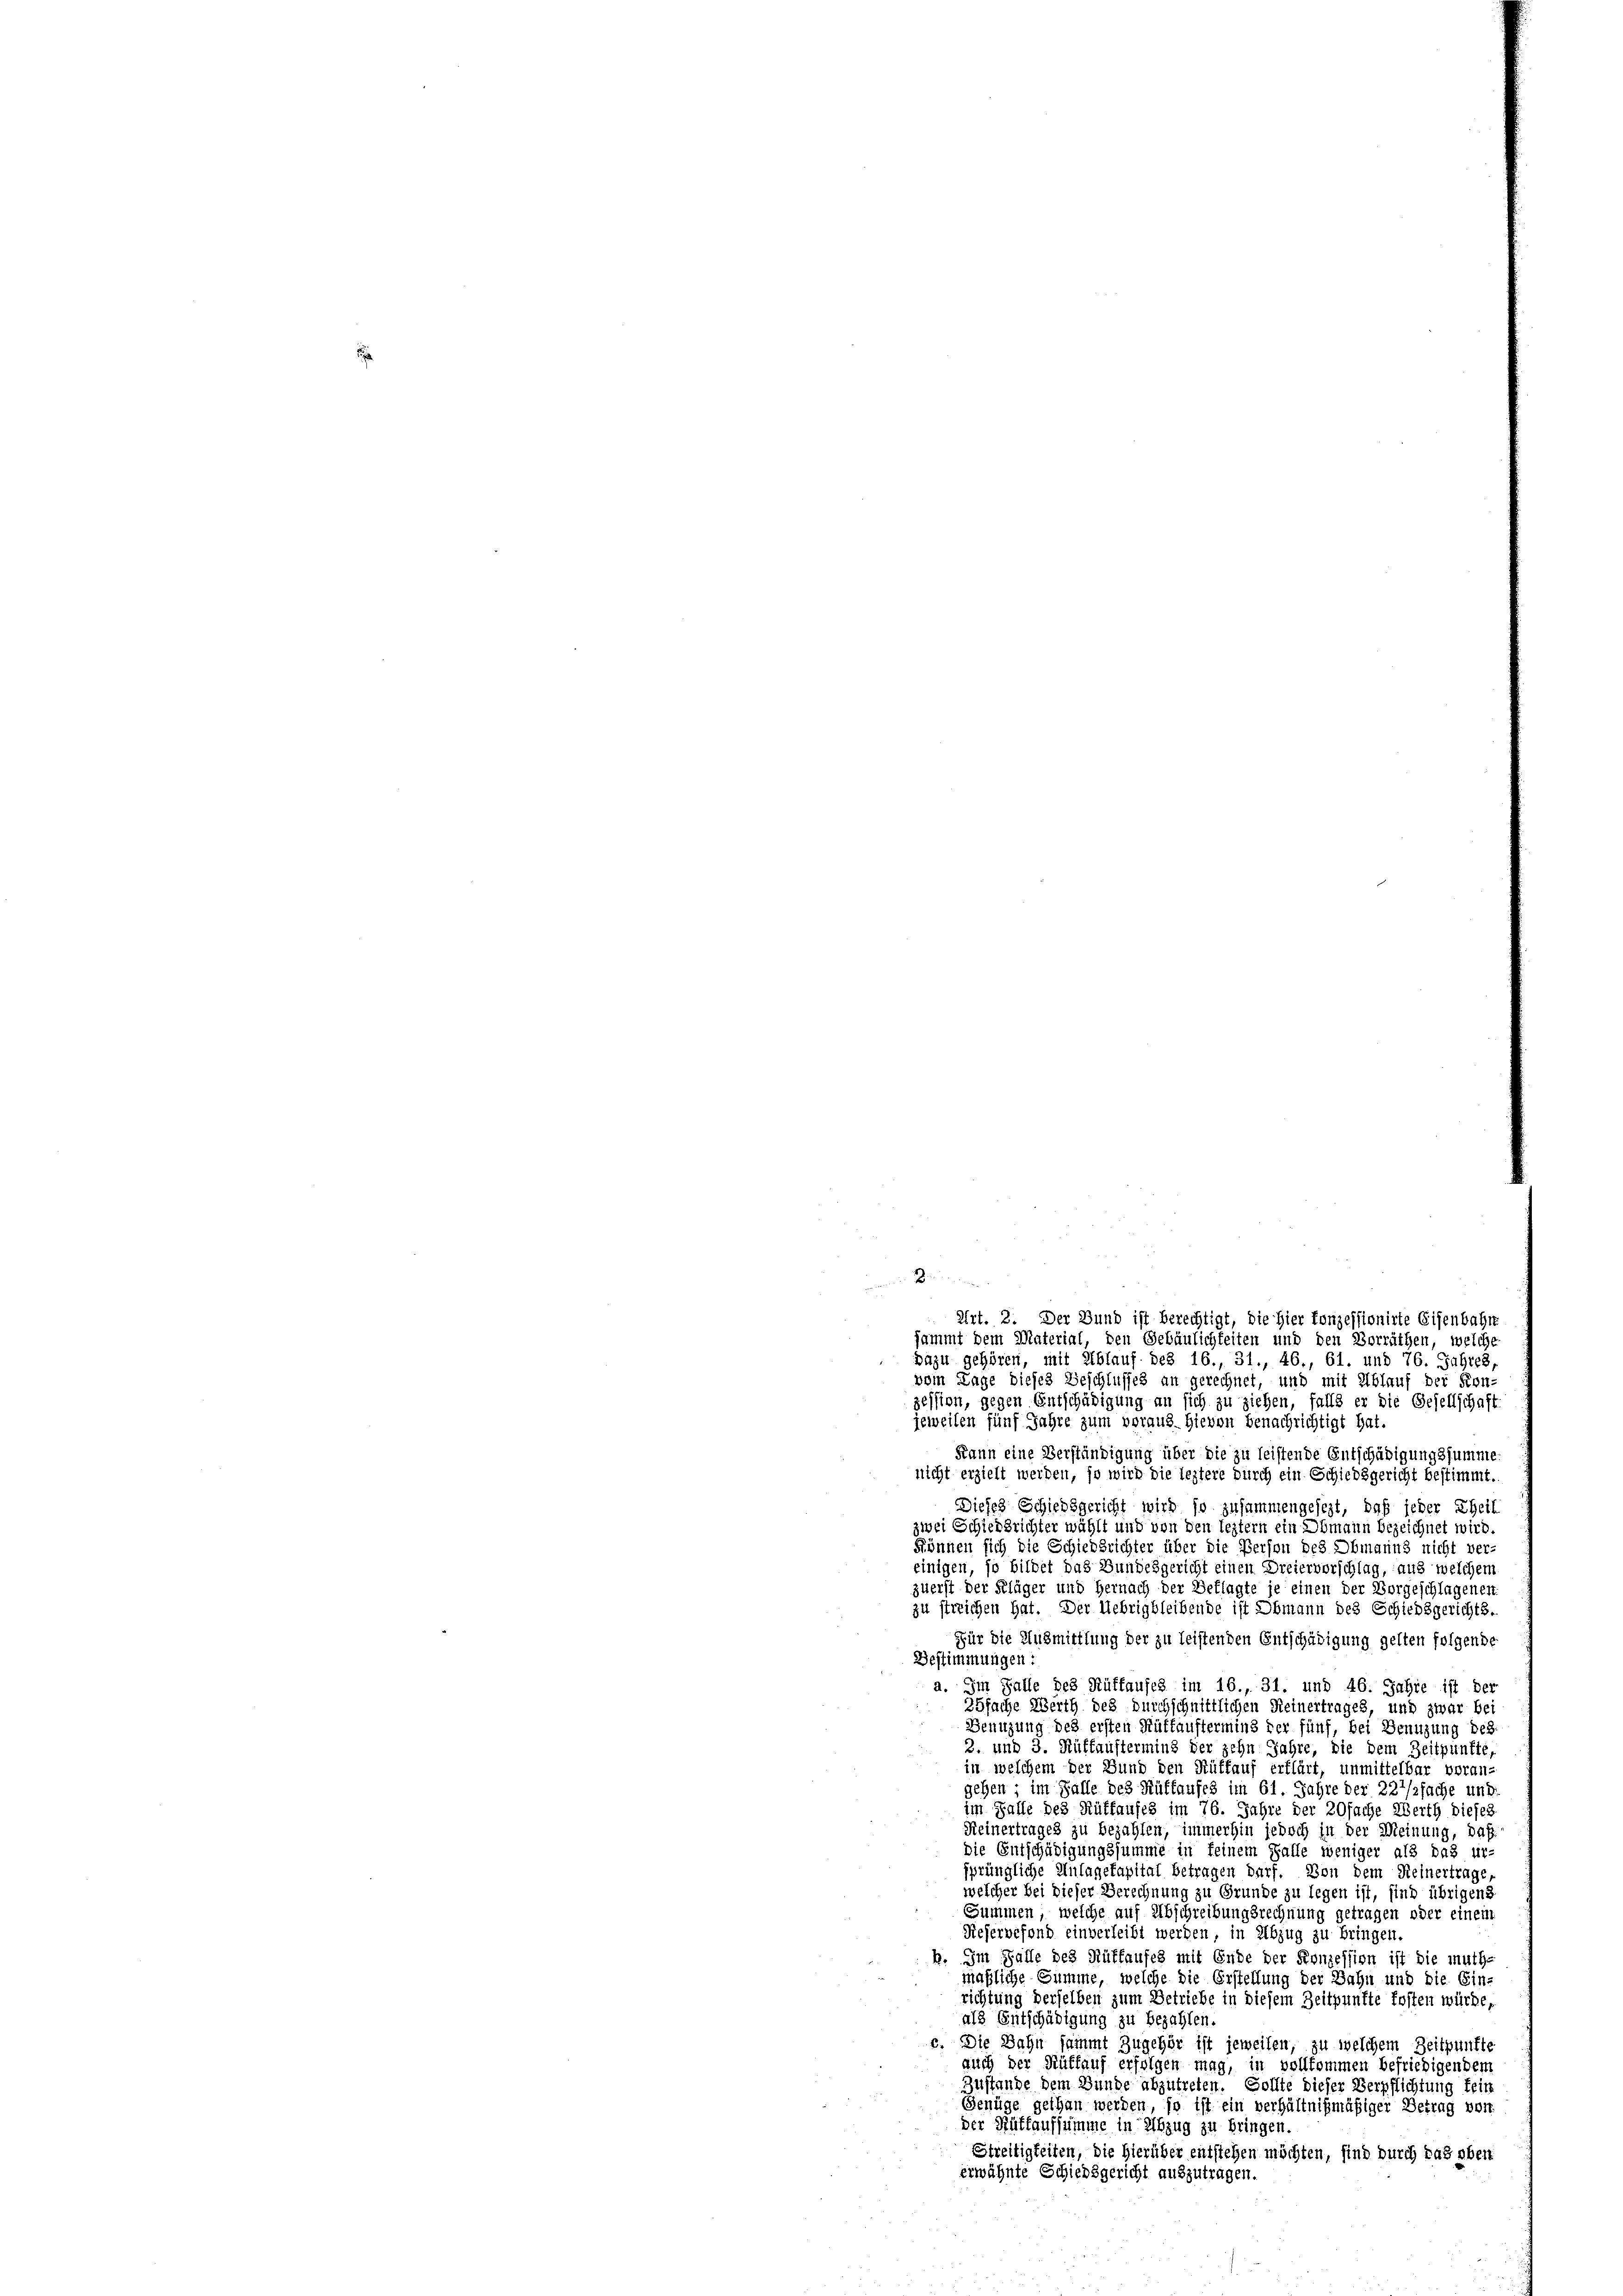
n in

Eirt. 2. Der Bund ist berechtigt, die Hier konzessionirte Eisenbahr
sammt dem Material, den Gebäulichkeiten und den Vorräthen, welche
pazu gehören, mit Ablauf des 16., 31., 46., 61. und 76. Jahres,
vom Lage dieses Beschlusses an gerechnet, und mit Ablauf der Kon-
zession, gegen Entschädigung an sich zu ziehen, falls er die Gesellschaft
jeweilen fünf Jahre zum voraus hievon Benachrichtigt hat.
Kann eine Verständigung über die zu leistende Entschädigungssumme.
nicht erzielt werden, so wird die leztere durch ein Schiedsgericht bestimmt.
Dieses Schiedsgericht wird so zusammengesezt, daß jeder Theil
zwei Schiedsrichter wählt und von den leztern ein Obmann bezeichnet wird.
können sich die Schiedsrichter über die Person des Obmanns nicht ver-
einigen, so bildet das Bundesgericht einen Dreiervorschlag, aus welchem
zuerst der Kläger und Hernach der Beklagte je einen der Vorgeschlagenen
zu streichen hat. Der Uebrigbleibende ist Obmann des Schiedsgerichts.
Für die Ausmittlung der zu leistenden Entschädigung gelten folgende
Bestimmungen:
a. Im Falle des Rüffaufes im 16., 31. und 46. Jahre ist der
25fache Werth des durchschnittlichen Reinertrages, und zwar bei
Benuzung des ersten Rüttauftermins der fünf, bei Benuzung des.
2. und 3. Rüffaustermins der zehn Jahre, die dem Zeitpunkte,
in welchem der Bund den Rütlauf erklärt, unmittelbar voran-
gehen, im Falle des Rüffaufes im 61. Jahre der 227/2fache und
im Falle des Rüffaufes im 76. Jahre der 20fache Werth dieses
Keinertrages zu bezahlen, immerhin jedoch in der Meinung, daß
die Entschädigungssumme in keinem Falle weniger als das ur-
sprüngliche Anlagekapital betragen darf. Von dem Reinertrage,
welcher bei dieser Berechnung zu Grunde zu legen ist, sind übrigen S
Summen, welche auf Abschreibungsrechnung getragen oder einem
Rieservefond einverleibt werden, in Abzug zu bringen.
b. Im Falle des Rüffaufes mit Ende der Konzession ist die muth-
maßliche Summe, welche die Erstellung der Bahn und die Ein-
richtung derselben zum Betriebe in diesem Zeitpunkte fosten würde,
als Entschädigung zu bezahlen
c. Die Bahn sammt zugehör ist jeweisen, zu welchem Zeitpunkte
auch der Rüffauf erfolgen mag, in vollkommen befriedigendem
Zustande dem Bunde abzutreten. Sollte dieser Verpflichtung fein
Genüge gethan werden, so ist ein verhältnißmäßiger Betrag vor.
der Rütfaufsumme in Abzug zu bringen.
Streitigkeiten, die hierüber entstehen möchten, sind durch das oben
erwähnte Schiedsgericht auszutragen.